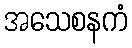
အသေစနကံ